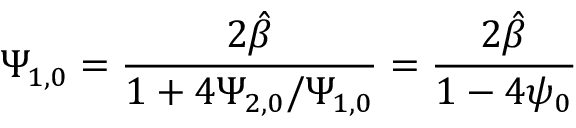
\Psi _ { 1 , 0 } = \frac { 2 \hat { \beta } } { 1 + 4 \Psi _ { 2 , 0 } / \Psi _ { 1 , 0 } } = \frac { 2 \hat { \beta } } { 1 - 4 \psi _ { 0 } }